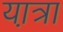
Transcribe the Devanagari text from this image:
या़त्रा